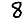
Digit: 8